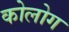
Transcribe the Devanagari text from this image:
कोलोग